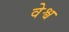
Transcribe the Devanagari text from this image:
वेश्व